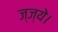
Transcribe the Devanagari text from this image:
ज्ज्ये।